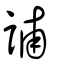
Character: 誧